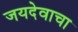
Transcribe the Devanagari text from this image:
जयदेवाचा